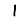
Digit: 1